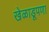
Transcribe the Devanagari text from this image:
खेळाडूपणा